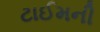
ટાઈમની